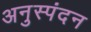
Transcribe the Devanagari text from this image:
अनुस्पंदन